Report on the working of the Ranchi Indian Mental Hospital, Kanke, in Bihar and Orissa - 1930-1940
Year: 1930
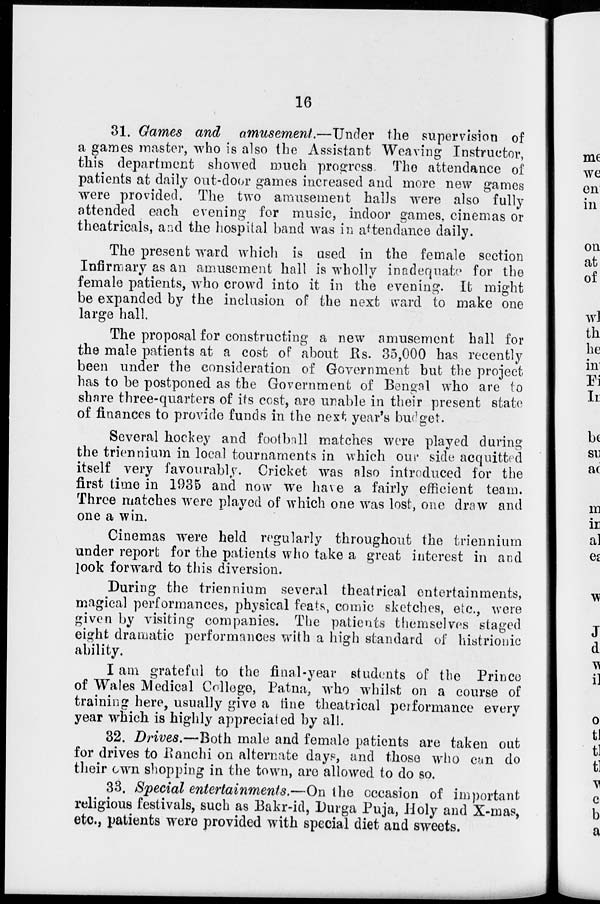
16
31. Games and amusement.—Under
the supervision of
a games master, who is also the Assistant Weaving Instructor,
this department showed much progress. The attendance of
patients at daily out-door games increased and more new games
were provided. The two amusement halls were also fully
attended each evening for music, indoor games, cinemas or
theatricals, and the hospital band was in attendance daily.
The present ward which is used in the female section
Infirmary as an amusement hall is wholly inadequate for the
female patients, who crowd into it in the evening. It might
be expanded by the inclusion of the next ward to make one
large hall.
The proposal for constructing a new amusement hall for
the male patients at a cost of about Rs. 35,000 has recently
been under the consideration of Government but the project
has to be postponed as the Government of Bengal who are to
share three-quarters of its cost, are unable in their present state
of finances to provide funds in the next year's budget.
Several hockey and football matches were played during
the triennium in local tournaments in which our side acquitted
itself very favourably. Cricket was also introduced for the
first time in 1935 and now we have a fairly efficient team.
Three matches were played of which one was lost, one draw and
one a win.
Cinemas were held regularly throughout the triennium
under report for the patients who take a great interest in and
look forward to this diversion.
During the triennium several theatrical entertainments,
magical performances, physical feats, comic sketches, etc., were
given by visiting companies. The patients themselves staged
eight dramatic performances with a high standard of histrionic
ability.
I am grateful to the final-year students of the Prince
of Wales Medical College, Patna, who whilst on a course of
training here, usually give a fine theatrical performance every
year which is highly appreciated by all.
32. Drives.—Both male and female patients are taken out
for drives to Ranchi on alternate days, and those who can do
their own shopping in the town, are allowed to do so.
33. Special entertainments.—On the occasion of important
religious festivals, such as Bakr-id, Durga Puja, Holy and X-mas,
etc., patients were provided with special diet and sweets.